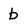
Character: b